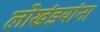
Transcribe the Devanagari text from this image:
लोखंडयांना